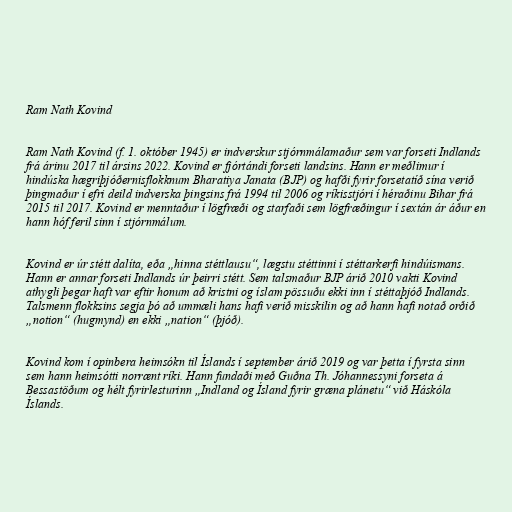
Ram Nath Kovind

Ram Nath Kovind (f. 1. október 1945) er indverskur stjórnmálamaður sem var forseti Indlands
frá árinu 2017 til ársins 2022. Kovind er fjórtándi forseti landsins. Hann er meðlimur í
hindúska hægriþjóðernisflokknum Bharatiya Janata (BJP) og hafði fyrir forsetatíð sína verið
þingmaður í efri deild indverska þingsins frá 1994 til 2006 og ríkisstjóri í héraðinu Bihar frá
2015 til 2017. Kovind er menntaður í lögfræði og starfaði sem lögfræðingur í sextán ár áður en
hann hóf feril sinn í stjórnmálum.

Kovind er úr stétt dalíta, eða „hinna stéttlausu“, lægstu stéttinni í stéttarkerfi hindúismans.
Hann er annar forseti Indlands úr þeirri stétt. Sem talsmaður BJP árið 2010 vakti Kovind
athygli þegar haft var eftir honum að kristni og íslam pössuðu ekki inn í stéttaþjóð Indlands.
Talsmenn flokksins segja þó að ummæli hans hafi verið misskilin og að hann hafi notað orðið
„notion“ (hugmynd) en ekki „nation“ (þjóð).

Kovind kom í opinbera heimsókn til Íslands í september árið 2019 og var þetta í fyrsta sinn
sem hann heimsótti norrænt ríki. Hann fundaði með Guðna Th. Jóhannessyni forseta á
Bessastöðum og hélt fyrirlesturinn „Indland og Ísland fyrir græna plánetu“ við Háskóla
Íslands.